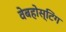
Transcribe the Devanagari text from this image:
वेबहोस्टिंग